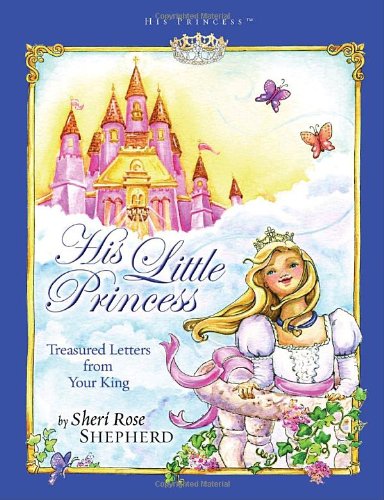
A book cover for His Little Princess: Treasured Letters from Your King (His Princess); Sheri Rose Shepherd; Children's Books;